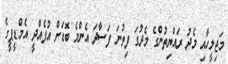
މަޖިލީހާއި މެދު ރައްޔިތުންގެ މެދުގަ ފިތުނަ ފަސާދަ އެންމެ ބޮޑަށް އުފެއްދީ އެމްޑީޕީގެ